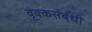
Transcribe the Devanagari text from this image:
वृक्कसंबंधी